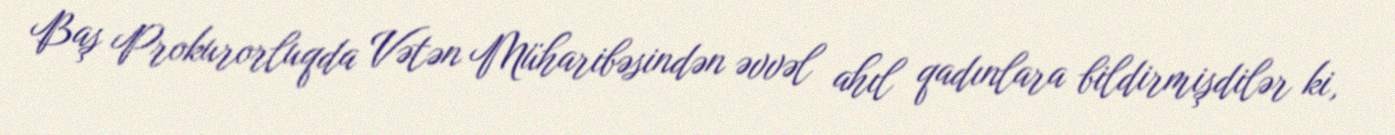
Baş Prokurorluqda Vətən Müharibəsindən əvvəl ahıl qadınlara bildirmişdilər ki,